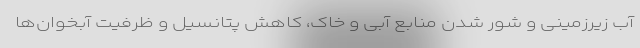
آب زیرزمینی و شور شدن منابع آبی و خاک، کاهش پتانسیل و ظرفیت آبخوان‌ها